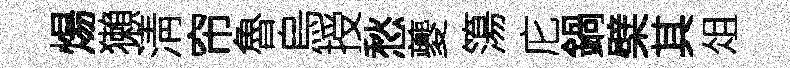
煬獺淸帘魯烏授愁夔簜庀鍋檗其俎